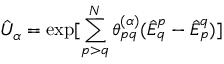
\hat { U } _ { \alpha } = \exp [ \sum _ { p > q } ^ { N } \theta _ { p q } ^ { ( \alpha ) } ( \hat { E } _ { q } ^ { p } - \hat { E } _ { p } ^ { q } ) ]